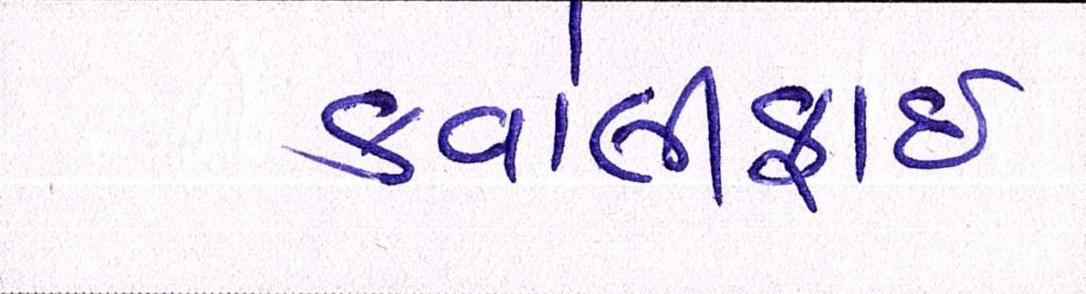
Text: કવોલીફાઈ